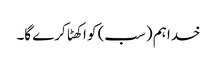
خدا ہم (سب) کو اکھٹا کرے گا۔